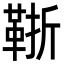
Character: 䩢